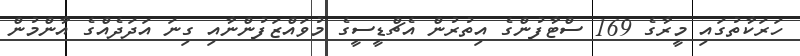
ހަރަކާތުގައި މީރާގެ 169 ސްޓާފުންގެ އިތުރުން އެޗްޑީސީގެ މުވައްޒަފުންނާއި ގިނަ އަދަދެއްގެ އާންމުން